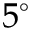
5 ^ { \circ }